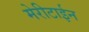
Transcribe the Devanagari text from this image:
मेरीटाईन